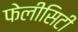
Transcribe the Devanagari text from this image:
फेलीसिटी